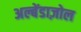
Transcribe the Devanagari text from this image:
अल्बेंडाज़ोल